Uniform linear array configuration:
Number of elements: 32
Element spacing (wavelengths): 1
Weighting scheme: binomial
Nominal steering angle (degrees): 45
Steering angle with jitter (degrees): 46.443
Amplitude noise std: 0.05
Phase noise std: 0.05

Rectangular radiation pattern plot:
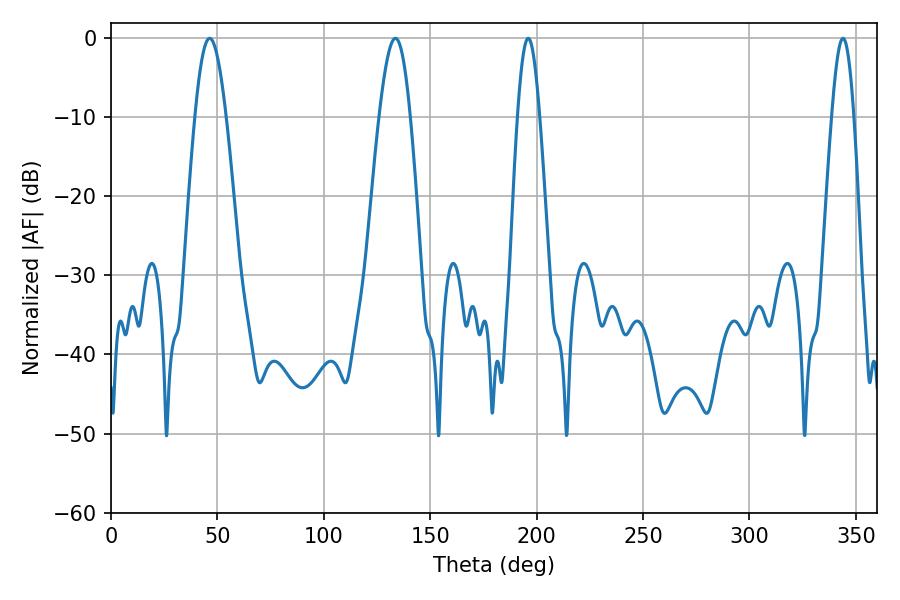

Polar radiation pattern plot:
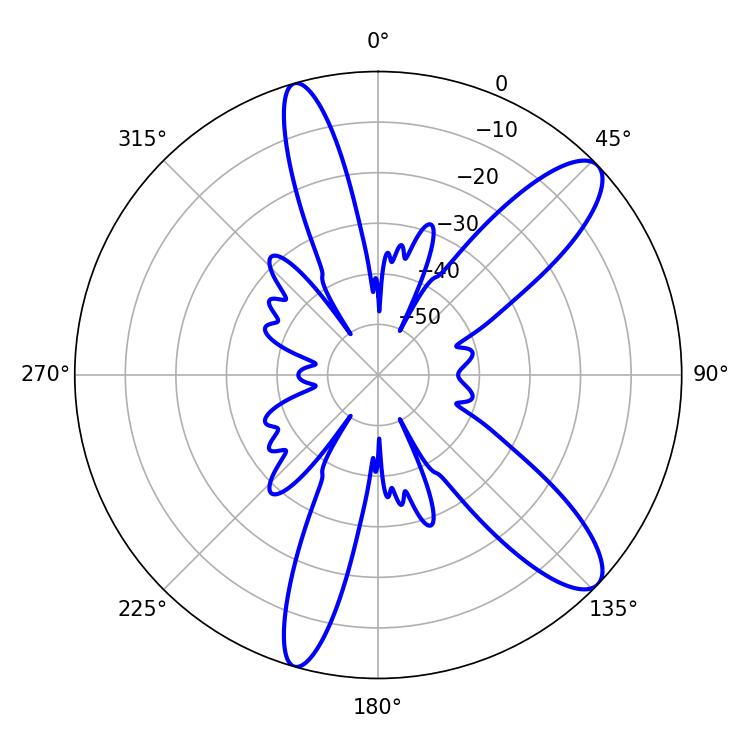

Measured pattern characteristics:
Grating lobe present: TRUE
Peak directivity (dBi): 11.027
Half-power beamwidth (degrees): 5.58
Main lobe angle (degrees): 196.02